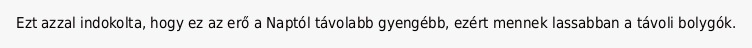
Ezt azzal indokolta, hogy ez az erő a Naptól távolabb gyengébb, ezért mennek lassabban a távoli bolygók.